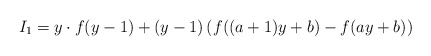
\begin{align*} I_1=y \cdot f(y-1) + (y-1) \left( f((a+1)y+b)-f(ay+b) \right)\end{align*}